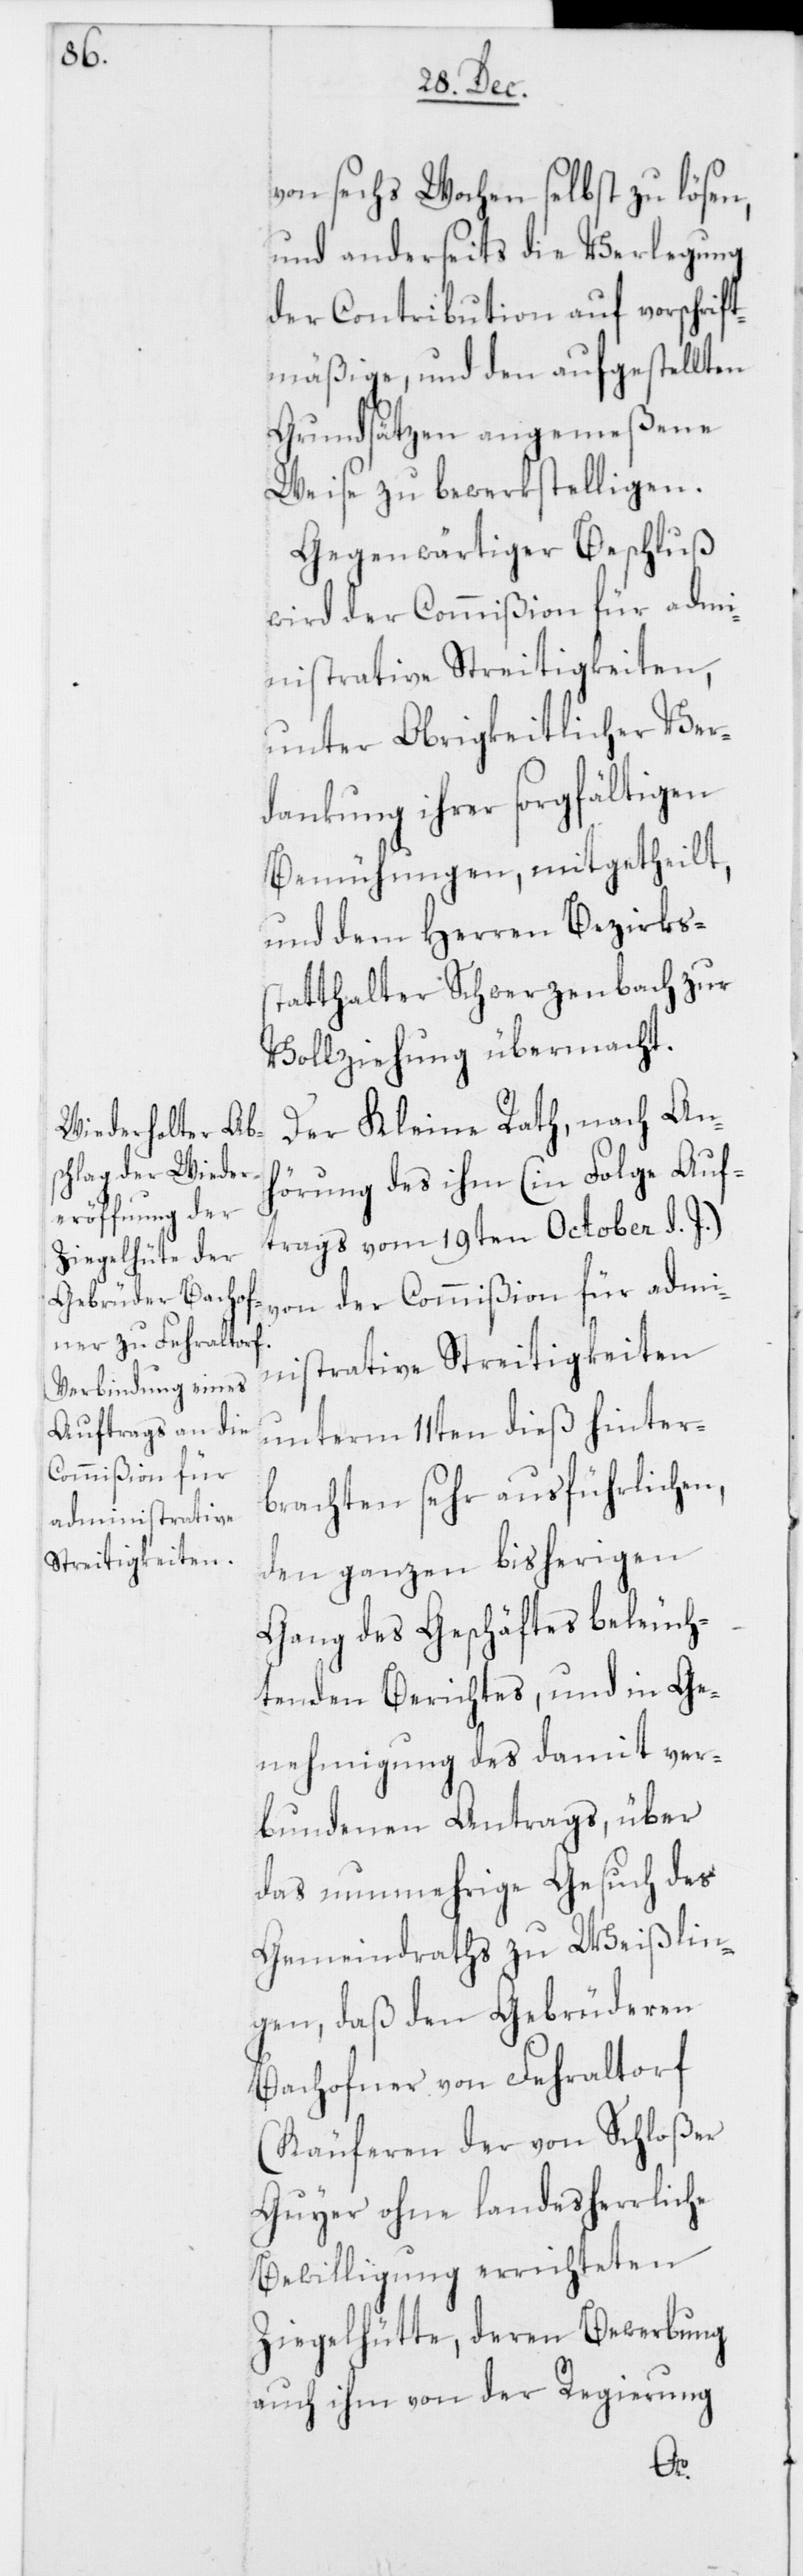
von sechs Wochen selbst zu lösen,
und anderseits die Verlegung
der Contribution auf vorschrift¬
mäßige, und den aufgestellten
Grundsätzen angemeßene
Weise zu bewerkstelligen.
Gegenwärtiger Beschluß
wird der Commißion für adm¬
inistrative Streitigkeiten,
unter Obrigkeitlicher Ver¬
dankung ihrer sorgfältigen
Bemühungen, mitgetheilt,
und dem Herren Bezirks¬
statthalter Schwerzenbach zur
Vollziehung übermacht.
Der Kleine Rath, nach Anh¬
örung des ihm (in Folge Auf¬
trags vom 19ten October d. J.)
von der Commißion für admi¬
nistrative Streitigkeiten
unterm 11ten dieß hinter¬
brachten sehr ausführlichen,
den ganzen bisherigen
Gang des Geschäftes beleuch¬
tenden Berichtes, und in Ge¬
nehmigung des damit ver¬
bundenen Antrags, über
das nunmehrige Gesuch des
Gemeindraths zu Weißlin¬
gen, daß den Gebrüderen
Bachofner von Fehraltorf
(Käuferen der von Schloßer
Guyer ohne landesherrliche
Bewilligung errichteten
Ziegelhütte, deren Bewerbung
auch ihm von der Regierung